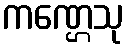
ကဏ္ဌေသု